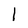
Character: l